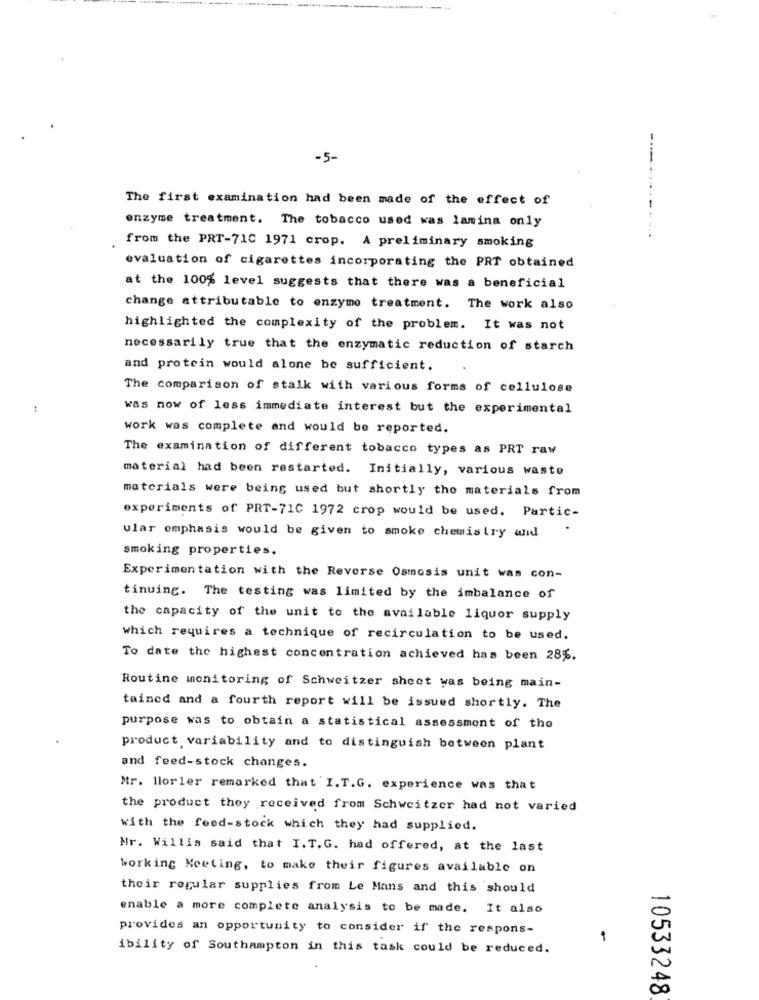
-5-
-----.
The first examination had been made of the effect of
enzyme treatment. The tobacco used was lamina only
from the PRT-71C 1971 crop. A preliminary smoking
evaluation of cigarettes incorporating the PRT obtained
at the 100% level suggests that there was a beneficial
change attributable to enzyme treatment. The work also
highlighted the complexity of the problem. It was not
necessarily true that the enzymatic reduction of starch
and protein would alone be sufficient.
The comparison of stalk with various forms of cellulose
was now of less immediate interest but the experimental
work was complete and would be reported.
The examination of different tobacco types as PRT raw
material had been restarted. Initially, various waste
materials were being used but shortly tho materials from
experiments of PRT-71C 1972 crop would be used. Partic-
ular emphasis would be given to smoke chemistry and
smoking properties.
Experimentation with the Reverse Osmosis unit was con-
tinuing. The testing was limited by the imbalance of
the capacity of the unit to the available liquor supply
which requires a technique of recirculation to be used.
To date the highest concentration achieved has been 28%.
Routine monitoring of Schweitzer sheet was being main-
tained and a fourth report will be issued shortly. The
purpose was to obtain a statistical assessment of the
product variability and to distinguish between plant
and feed-stock changes.
Mr. Horler remarked that I.T.G. experience was that
the product they received from Schweitzer had not varied
with the feed-stock which they had supplied.
Mr. Willis said that I.T.G. had offered, at the last
Working Meeting, to make their figures available on
their regular supplies from Le Mans and this should
enable a more complete analysis to be made. It also
provides an opportunity to consider if the respons-
1
ibility of Southampton in this task could be reduced.
10533248.